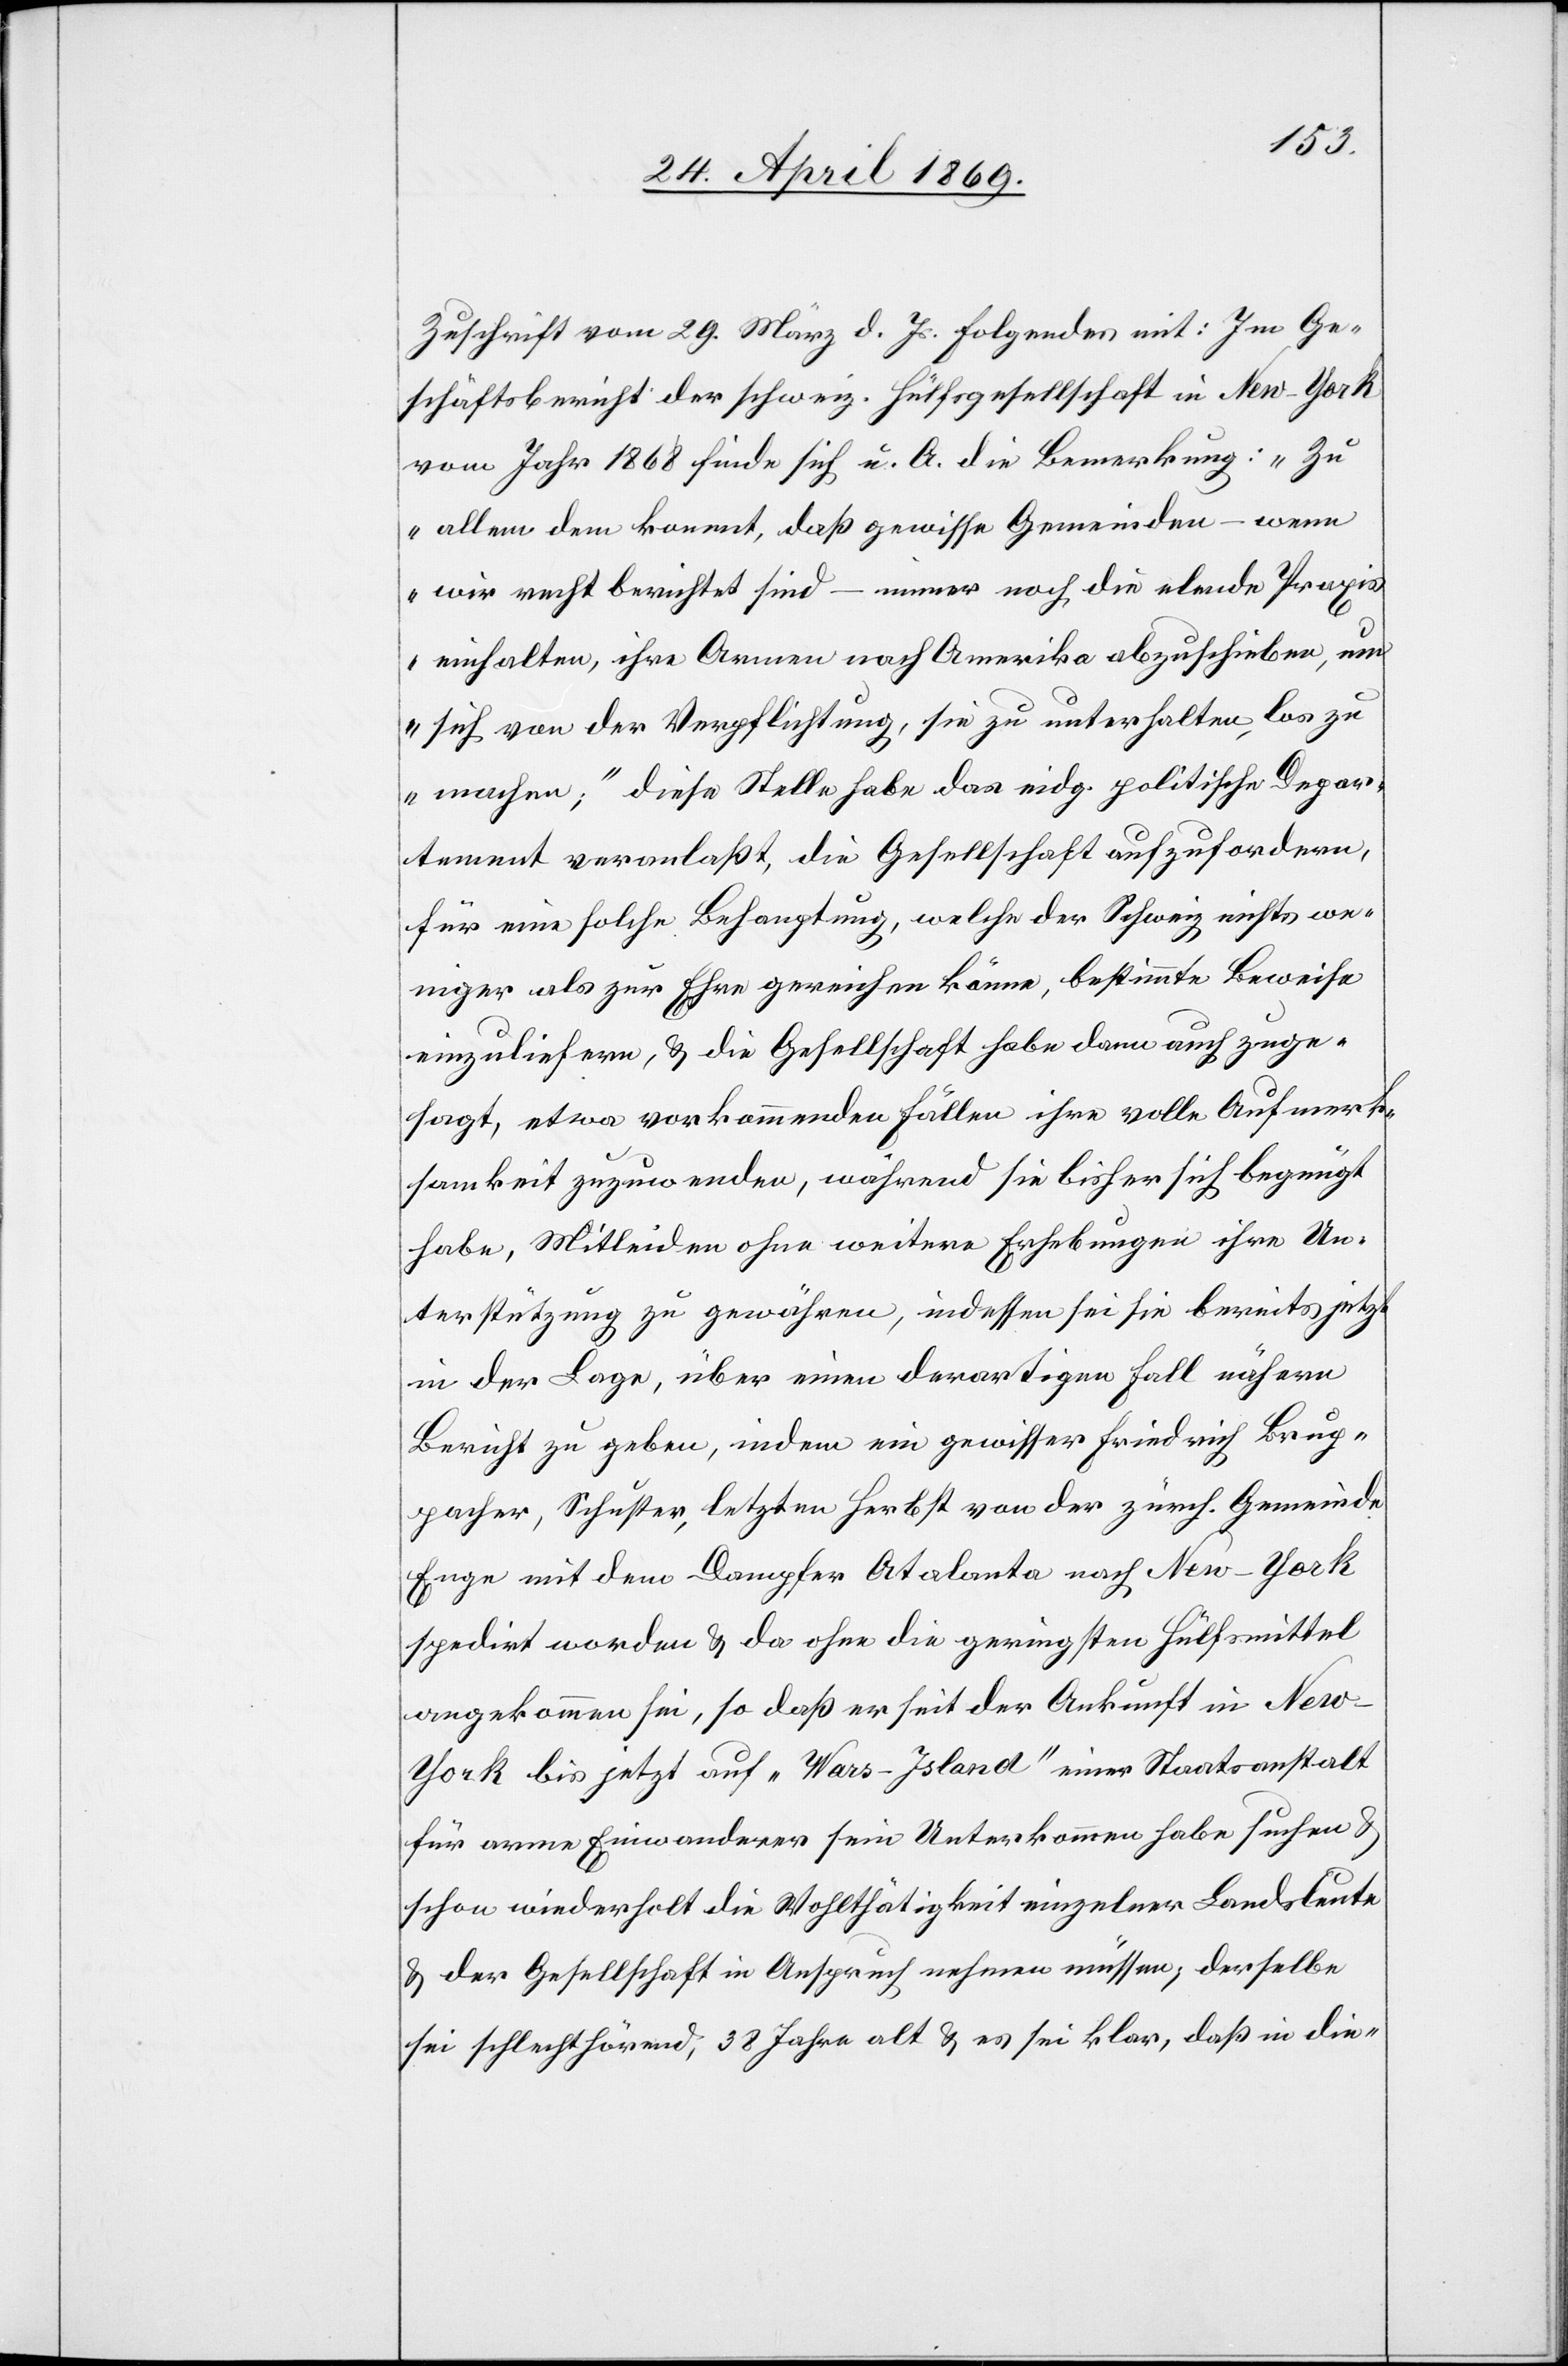
Zuschrift vom 29. März d. Js. folgendes mit: Im Ge¬
schäftsbericht der schweiz. Hülfsgesellschaft in New-York
vom Jahr 1868 finde sich u. A. die Bemerkung: „Zu
allem dem kommt, daß gewisse Gemeinden – wenn
wir recht berichtet sind – immer noch die elende Praxi¬
s einhalten, ihre Armen nach Amerika abzuschieben, um
sich von der Verpflichtung, sie zu unterhalten, los zu
machen;“ diese Stelle habe das eidg. politische Depar¬
tement veranlaßt die Gesellschaft aufzufordern,
für eine solche Behauptung, welche der Schweiz nichts we¬
niger als zur Ehre gereichen könne, bestimmte Beweise
einzuliefern, u. die Gesellschaft habe dann auch zuge¬
sagt, etwa vorkommenden Fällen ihre volle Aufmerk¬
samkeit zuzuwenden, während sie bisher sich begnügt
habe, Mitleiden ohne weitere Erhebungen ihre Un¬
terstützung zu gewähren, indessen sei sie bereits jetzt
in der Lage, über einen derartigen Fall nähern
Bericht zu geben, indem ein gewisser Friedrich Brup¬
pacher, Schuster, letzten Herbst von der zürch. Gemeinde
Enge mit dem Dampfer Atalanta nach New-York
spedirt worden u. da ohne die geringsten Hülfsmittel
angekommen sei, so daß er seit der Ankunft in Ne¬
w-York bis jetzt auf „Wars-Island“ einer Staatsanstalt
für arme Einwanderer sein Unterkommen habe suchen u.
schon wiederholt die Wohlthätigkeit einzelner Landsleute
u. der Gesellschaft in Anspruch nehmen müssen, derselbe
sei schlechthörend, 38 Jahre alt u. es sei klar, daß in die-